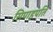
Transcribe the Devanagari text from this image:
सिपाहपति